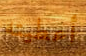
أعطيته